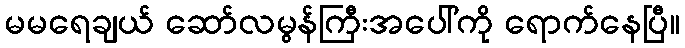
မမရေချယ် ဆော်လမွန်ကြီးအပေါ်ကို ရောက်နေပြီ။